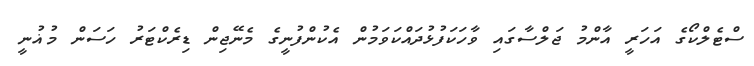
ސްޓެލްކޯގެ އަހަރީ އާންމު ޖަލްސާގައި ވާހަކަފުޅުދައްކަވަމުން އެކުންފުނީގެ މެނޭޖިން ޑިރެކްޓަރު ހަސަން މުޣުނީ